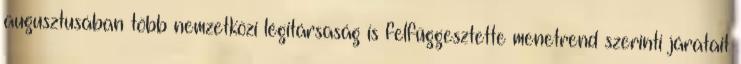
augusztusában több nemzetközi légitársaság is felfüggesztette menetrend szerinti járatait